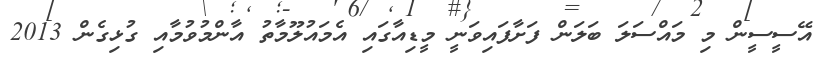
އޭސީސީން މި މައްސަލަ ބަލަން ފަށާފައިވަނީ މީޑިއާގައި އެމައުލޫމާތު އާންމުވުމާއި ގުޅިގެން 2013